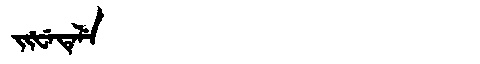
Manchu: ᠵᡳᡶᡝᡨᡝᠯᡝ
Romanization: JIFETELE